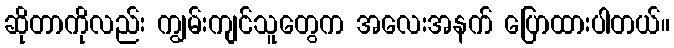
ဆိုတာကိုလည်း ကျွမ်းကျင်သူတွေက အလေးအနက် ပြောထားပါတယ်။